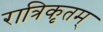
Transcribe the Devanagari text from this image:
रात्रिकृतम्‌